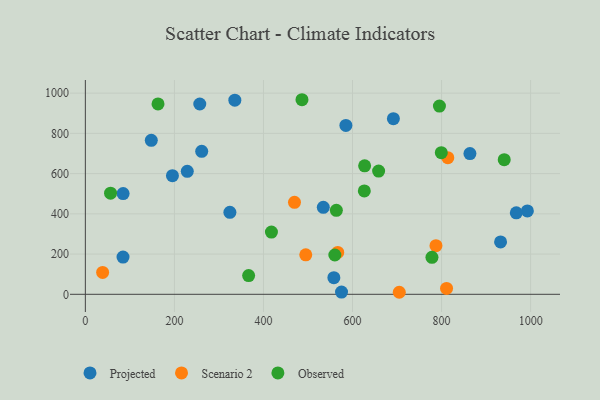
{"axis": {"x": "Experience", "y": "Fuel Efficiency"}, "legend": ["Observed", "Projected", "Scenario 2"], "data": [{"x": "195.6", "y": 589.5, "type": "Projected"}, {"x": "84.8", "y": 500.9, "type": "Projected"}, {"x": "335.7", "y": 964.8, "type": "Projected"}, {"x": "148.1", "y": 765.3, "type": "Projected"}, {"x": "261.3", "y": 710.9, "type": "Projected"}, {"x": "228.9", "y": 611.3, "type": "Projected"}, {"x": "992.7", "y": 414.3, "type": "Projected"}, {"x": "324.6", "y": 407.5, "type": "Projected"}, {"x": "575.3", "y": 11.3, "type": "Projected"}, {"x": "558.1", "y": 82.6, "type": "Projected"}, {"x": "534.4", "y": 432.2, "type": "Projected"}, {"x": "84.6", "y": 185.0, "type": "Projected"}, {"x": "257.0", "y": 946.0, "type": "Projected"}, {"x": "863.7", "y": 699.4, "type": "Projected"}, {"x": "585.1", "y": 839.5, "type": "Projected"}, {"x": "932.5", "y": 260.4, "type": "Projected"}, {"x": "967.8", "y": 405.1, "type": "Projected"}, {"x": "691.8", "y": 873.1, "type": "Projected"}, {"x": "566.8", "y": 208.3, "type": "Scenario 2"}, {"x": "811.2", "y": 29.4, "type": "Scenario 2"}, {"x": "787.4", "y": 241.7, "type": "Scenario 2"}, {"x": "469.7", "y": 457.1, "type": "Scenario 2"}, {"x": "38.8", "y": 108.8, "type": "Scenario 2"}, {"x": "495.0", "y": 196.3, "type": "Scenario 2"}, {"x": "814.0", "y": 679.1, "type": "Scenario 2"}, {"x": "705.0", "y": 10.1, "type": "Scenario 2"}, {"x": "366.7", "y": 92.9, "type": "Observed"}, {"x": "940.7", "y": 669.3, "type": "Observed"}, {"x": "486.5", "y": 967.2, "type": "Observed"}, {"x": "658.6", "y": 612.5, "type": "Observed"}, {"x": "163.2", "y": 946.3, "type": "Observed"}, {"x": "778.4", "y": 184.0, "type": "Observed"}, {"x": "795.2", "y": 935.5, "type": "Observed"}, {"x": "799.4", "y": 704.1, "type": "Observed"}, {"x": "417.9", "y": 309.1, "type": "Observed"}, {"x": "626.5", "y": 513.7, "type": "Observed"}, {"x": "627.2", "y": 638.6, "type": "Observed"}, {"x": "56.6", "y": 502.5, "type": "Observed"}, {"x": "560.3", "y": 195.5, "type": "Observed"}, {"x": "563.7", "y": 417.3, "type": "Observed"}]}